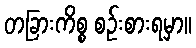
တခြားကိစ္စ စဉ်းစားရမှာ။